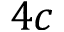
4 c